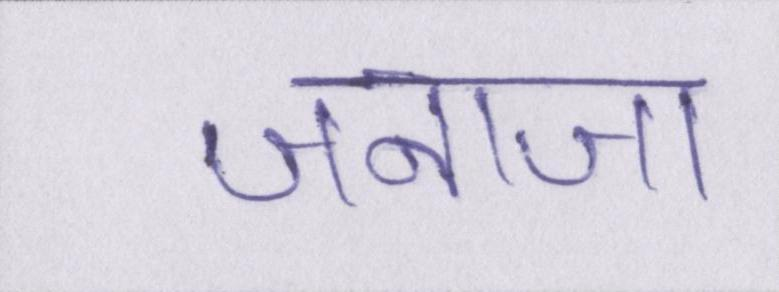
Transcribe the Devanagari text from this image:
जनाजा